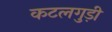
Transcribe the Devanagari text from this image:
कटलगुड़ी